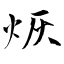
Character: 烣